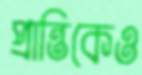
প্রান্তিকেও